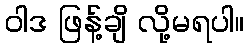
ဝါဒ ဖြန့်ချိ လို့မရပါ။